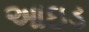
આઇડ